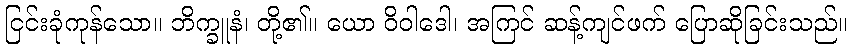
ငြင်းခုံကုန်သော။ ဘိက္ခူနံ၊ တို့၏။ ယော ဝိဝါဒေါ၊ အကြင် ဆန့်ကျင်ဖက် ပြောဆိုခြင်းသည်။